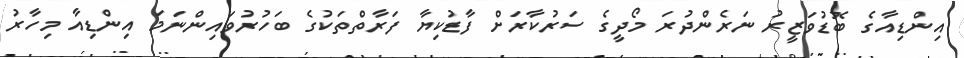
އިންޑިއާގެ ބޮޑުވަޒީރު ނަރެންދުރަ މޯދީގެ ސަރުކާރަށް ފާޑުކިޔާ ފަރާތްތަކުގެ ބަހުރުވައިންނަމަ އިންޑިއާ މިހާރު